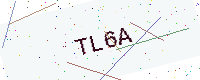
Text: TL6A